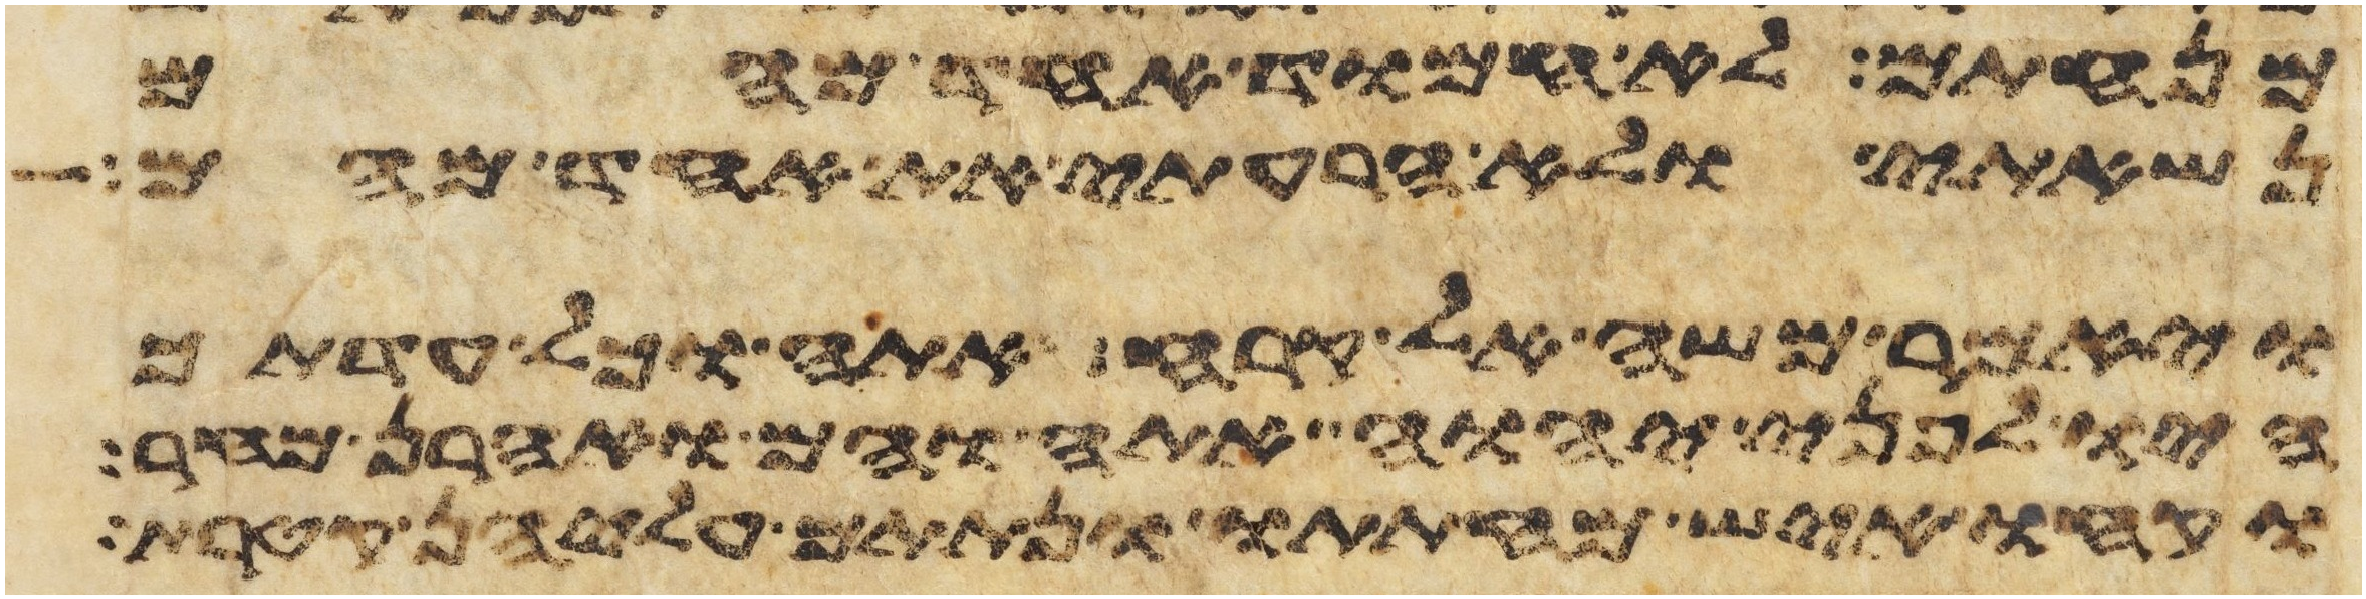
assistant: מנחתם לא חמוד אחד מהם
נשאתי ולא הרעתי את אחד מהם
ויאמר משה אל קרח אתה וכל עדתך
היו לפני יהוה אתה והם ואהרן מחר
וקחו איש מחתתו ונתתם עליהן קטרת